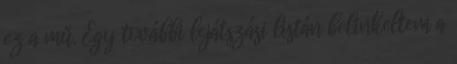
ez a mű. Egy további lejátszási listán belinkeltem a